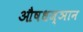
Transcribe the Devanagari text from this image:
औषधज्ञान